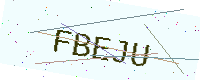
Text: FBEJU